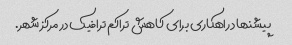
پیشنهاد راهکاری برای کاهش تراکم ترافیک در مرکز شهر.